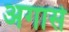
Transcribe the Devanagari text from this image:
अगासे